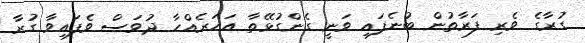
ގުރާގެ ވެރި ފަރާތުން ބުނެފައި ވަނީ ގެންގުޅޭތާ އަހަރެއްހާ ދުވަސް ވެފައިވާ ގުރާ